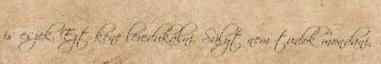
is eszek. Ezt kéne leredukálni. Súlyt nem tudok mondani,